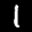
Label: 1